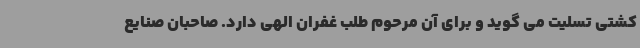
کشتی تسلیت می گوید و برای آن مرحوم طلب غفران الهی دارد. صاحبان صنایع